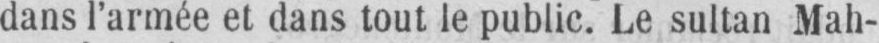
dans l’armée et dans tout le public. Le sultan Mah-